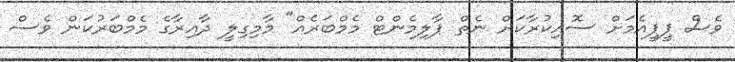
ވެސް ޕީޕީއެމަށް ސޮއިކުރާކަށް ނެތް ޕާލިމެންޓް މެމްބަރެެއް" މާމިގިލީ ދާއިރާގެ މެމްބަރުކަން ވެސް